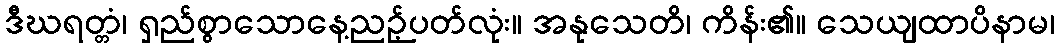
ဒီဃရတ္တံ၊ ရှည်စွာသောနေ့ညဉ့်ပတ်လုံး။ အနုသေတိ၊ ကိန်း၏။ သေယျထာပိနာမ၊